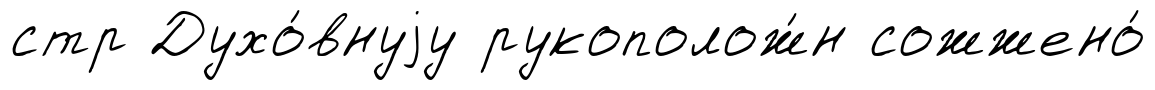
стр Духо́внуjу рукополож́н сожжено́